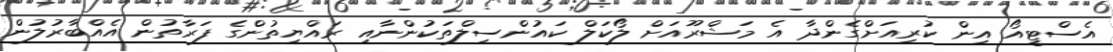
އެސްޓީއޯ އިން ކުރިއަށްގެންދާ އެ މަޝްރޫއަށް ލޯކަލް ކައުންސިލްތަކުންނާއި ރައްޔިތުންގެ ފަރާތުން އެއްބާރުލުން